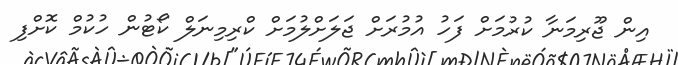
އިން ޖޫރިމަނާ ކުރުމަށް ފަހު އުމުރަށް ޖަލަށްލުމަށް ކްރިމިނަލް ކޯޓުން ހުކުމް ކޮށްފި